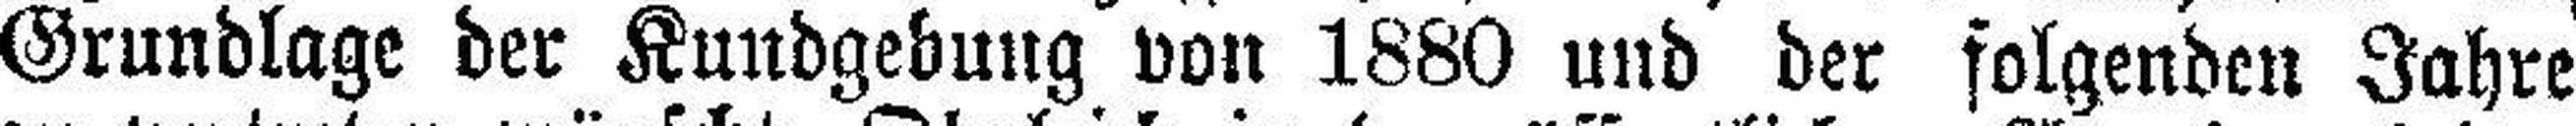
Grundlage der Kundgebung von 1880 und der folgenden Jahre